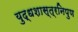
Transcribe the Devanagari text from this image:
युद्धशास्त्रनिपुण